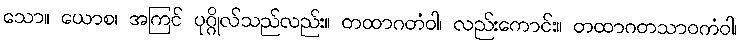
သော။ ယောစ၊ အကြင် ပုဂ္ဂိုလ်သည်လည်း။ တထာဂတံဝါ၊ လည်းကောင်း။ တထာဂတသာဝကံဝါ၊